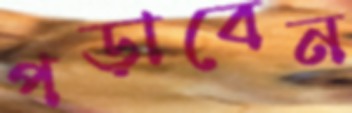
পড়াবেন